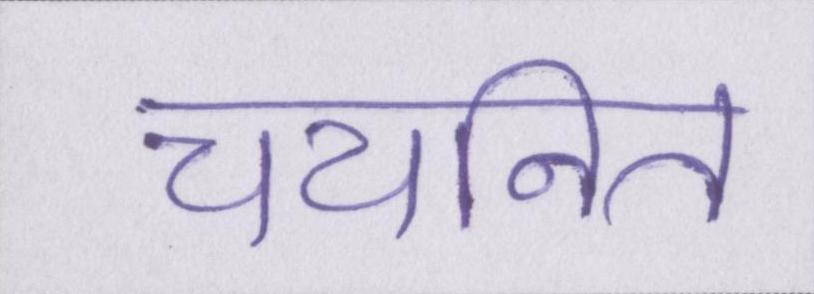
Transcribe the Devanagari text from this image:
चयनित